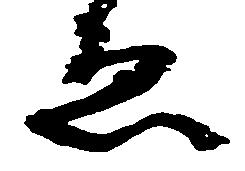
ゑ